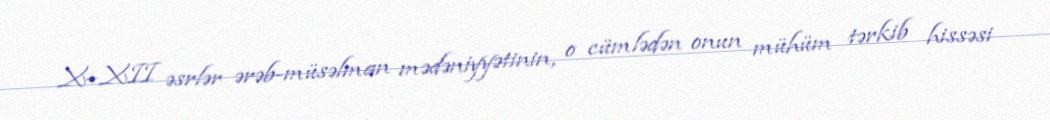
X–XII əsrlər ərəb-müsəlman mədəniyyətinin, o cümlədən onun mühüm tərkib hissəsi